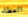
العطاء